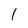
Character: I